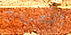
التحديات